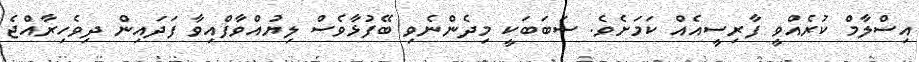
އިސްލާމް ކުރެއްވީ ފާރިސީއެއް ކަމަށެވެ. ސަބަބަކީ މިދެންނެވި ބޭފުޅާވެސް ލިޔުއްވާފްއިވާ ފަދައިން ދިވެހިރާއްޖެ